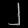
Digit: ၂